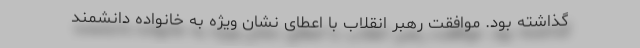
گذاشته بود. موافقت رهبر انقلاب با اعطای نشان ویژه به خانواده دانشمند